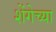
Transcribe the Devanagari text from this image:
शेंगेच्या